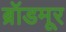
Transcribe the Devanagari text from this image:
ब्रॉडमूर